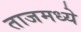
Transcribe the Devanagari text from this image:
ताजमध्ये